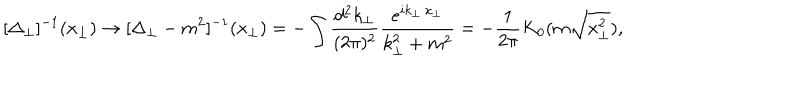
[ \Delta _ { \perp } ] ^ { - 1 } ( x _ { \perp } ) \rightarrow [ \Delta _ { \perp } - m ^ { 2 } ] ^ { - 1 } ( x _ { \perp } ) = - \int \frac { d ^ { 2 } k _ { \perp } } { ( 2 \pi ) ^ { 2 } } \frac { e ^ { i k _ { \perp } \cdot x _ { \perp } } } { k _ { \perp } ^ { 2 } + m ^ { 2 } } = - \frac { 1 } { 2 \pi } K _ { 0 } ( m \sqrt { x _ { \perp } ^ { 2 } } ) ,